Report on plague in the Punjab from October 1st ... to September 30th ..., being the ... season of plague in the province
Disease focus: Plague
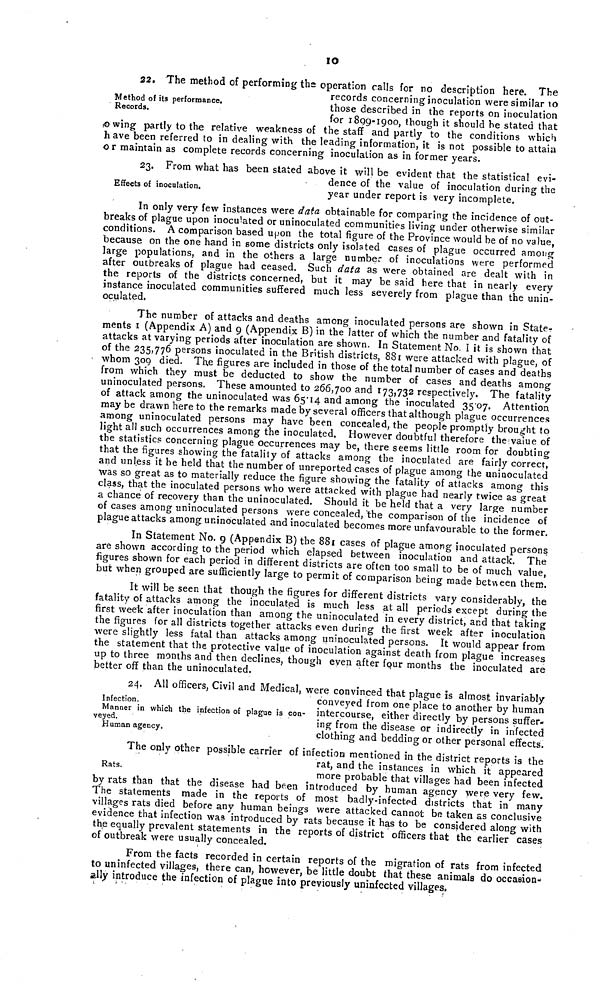
10
Method of its performance.
Records.
22. The method of performing the operation calls for no description here. The
records concerning inoculation were similar to
those described in the reports on inoculation
for 1800-1000. though it should be stated that
(©wing partly to the relative weakness of the staff and partly to the conditions which
have been referred to in dealing with the leading information, it is not possible to attain
or maintain as complete records concerning inoculation as in former years.
Effects of inoculation.
23. From what has been stated above it will be evident that the statistical evi-
dence of the value of inoculation during the
year under report is very incomplete.
In only very few instances were data obtainable for comparing the incidence of out-
breaks of plague upon inoculated or uninoculated communities living under otherwise similar
conditions. A comparison based upon the total figure of the Province would be of no value,
because on the one hand in some districts only isolated cases of plague occurred among
large populations, and in the others a large number of inoculations were performed
after outbreaks of plague had ceased. Such data as were obtained are dealt with in
the reports of the districts concerned, but it may be said here that in nearly every
instance inoculated communities suffered much less severely from plague than the unin-
oculated.
The number of attacks and deaths among inoculated persons are shown in State-?
ments 1 (Appendix A) and 9 (Appendix B) in the latter of which the number and fatality of
attacks at varying periods after inoculation are shown. In Statement No. I it is shown that
of the 235,776 persons inoculated in the British districts, 881 were attacked with plague, of
whom 309 died. The figures are included in those of the total number of cases and deaths
from which they must be deducted to show the number of cases and deaths among
uninoculated persons. These amounted to 266,700 and 173,732 respectively. The fatality
of attack among the uninoculated was 65.14 and among the inoculated 3507. Attention
may be drawn here to the remarks made by several officers that although plague occurrences
among uninoculated persons may have been concealed, the people promptly brought to
light all such occurrences among the inoculated. However doubtful therefore the value of
the statistics concerning plague occurrences may be, there seems little room for doubting
that the figures showing the fatality of attacks among the inoculated are fairly correct,
and unless it be held that the number of unreported cases of plague among the uninoculated
was so great as to materially reduce the figure showing the fatality of attacks among this
class, that the inoculated persons who were attacked with plague had nearly twice as great
a chance of recovery than the uninoculated. Should it be held that a very large number
of cases among uninoculated persons were concealed, the comparison of the incidence of
plague attacks among uninoculated and inoculated becomes more unfavourable to the former.
In Statement No. g (Appendix B) the 881 cases of plague among inoculated persons
are shown according to the period which elapsed between inoculation and attack. The
figures shown for each period in different districts are often too small to be of much value,
but when grouped are sufficiently large to permit of comparison being made between them.
It will be seen that though the figures for different districts vary considerably, the
fatality of attacks among the inoculated is much less at all periods except during the
first week after inoculation than among the uninoculated in every district, and that taking
the figures for all districts together attacks even during the first week after inoculation
were slightly less fatal than attacks among uninoculated persons. It would appear from
the statement that the protective value of inoculation against death from plague increases
up to three months and then declines, though even after four months the inoculated are
better off than the uninoculated.
Infection.
Manner in which the infection of plague is con-
veyed.
Human agency.
24. All officers, Civil and Medical, were convinced that plague is almost invariably
conveyed from one place to another by human
intercourse, either directly by persons suffer-
ing from the disease or indirectly in infected
clothing and bedding or other personal effects.
Rats.
The only other possible carrier of infection mentioned in the district reports is the
rat, and the instances in which it appeared
more probable that villages had been infected
by rats than that the disease had been introduced by human agency were very few.
The statements made in the reports of most badly-infected districts that in many
villages rats died before any human beings were attacked cannot be taken as conclusive
evidence that infection was introduced by rats because it has to be considered along with
the equally prevalent statements in the reports of district officers that the earlier cases
of outbreak were usually concealed.
From the facts recorded in certain reports of the migration of rats from infected
to uninfected villages, there can, however, be little doubt that these animals do occasion-
ally introduce the infection of plague into previously uninfected villages,